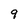
Character: 9